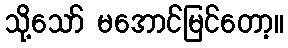
သို့သော် မအောင်မြင်တော့။